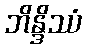
ဘိန္ဒိဿံ